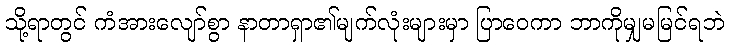
သို့ရာတွင် ကံအားလျော်စွာ နာတာရှာ၏မျက်လုံးများမှာ ပြာဝေကာ ဘာကိုမျှမမြင်ရဘဲ